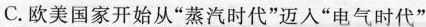
C. 欧美国家开始从”蒸汽时代”迈入”电气时代”